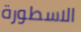
الاسطورة